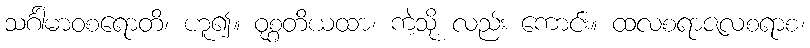
သင်္ဂါမာဝစရောတိ၊ ဟူ၍။ ဝုစ္စတိယထာ၊ ကဲ့သို့ လည်း ကောင်း။ ထလစရာဇလစရာစ၊